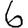
Digit: 6